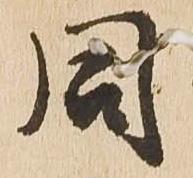
同